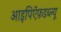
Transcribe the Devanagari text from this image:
आइपिऍफ़डब्ल्यू